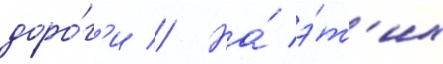
доро́г'и // На́ э́т'их